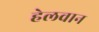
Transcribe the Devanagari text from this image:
हेलवान